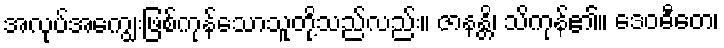
အလုပ်အကျွေးဖြစ်ကုန်သောသူတို့သည်လည်း။ ဇာနန္တိ၊ သိကုန်၏။ ဒေဝဓီတေ၊